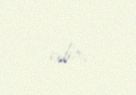
edir.